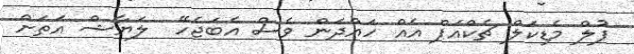
ފުލް މެޑިކަލް ޗެކްއަޕް އެއް ހައްދަން ވެސް އެބަޖެހޭ  ލަޔާޝް އަތަށް